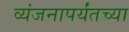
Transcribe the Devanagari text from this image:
व्यंजनापर्यंतच्या